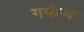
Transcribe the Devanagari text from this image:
गर्फथ